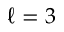
\ell = 3